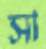
সা